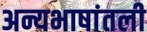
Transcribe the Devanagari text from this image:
अन्यभाषांतली